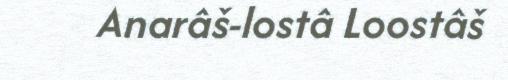
Anarâš-lostâ Loostâš